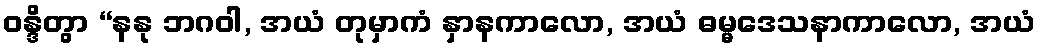
ဝန္ဒိတွာ “နနု ဘဂဝါ, အယံ တုမှာကံ နှာနကာလော, အယံ ဓမ္မဒေသနာကာလော, အယံ